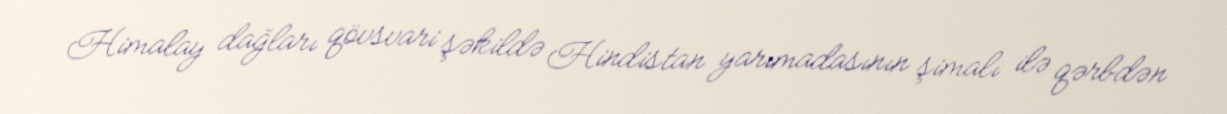
Himalay dağları qövsvari şəkildə Hindistan yarımadasının şimalı ilə qərbdən